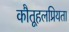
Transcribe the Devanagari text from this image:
कौतूहलप्रियता